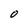
Character: O